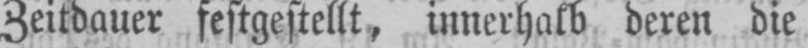
Zeitdauer festgestellt, innerhalb deren die